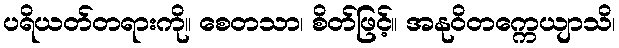
ပရိယတ်တရားကို။ စေတသာ၊ စိတ်ဖြင့်။ အနုဝိတက္ကေယျာသိ၊